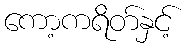
ကော့ကရိတ်နှင့်